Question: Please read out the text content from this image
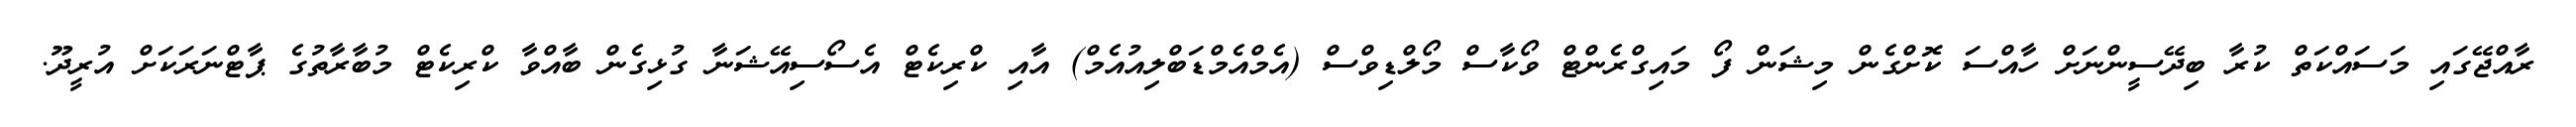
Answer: ރާއްޖޭގައި މަސައްކަތް ކުރާ ބިދޭސީންނަށް ހާއްސަ ކޮށްގެން މިޝަން ފޯ މައިގްރެންޓް ވޯކާސް މޯލްޑިވްސް (އެމްއެމްޑަބްލިއުއެމް) އާއި ކްރިކެޓް އެސޯސިއޭޝަނާ ގުޅިގެން ބާއްވާ ކްރިކެޓް މުބާރާތުގެ ޕާޓްނަރަކަށް އުރީދޫ.